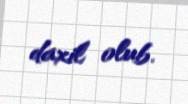
daxil olub.